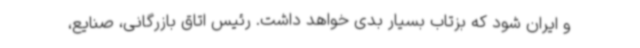
و ایران شود که بزتاب بسیار بدی خواهد داشت. رئیس اتاق بازرگانی، صنایع،